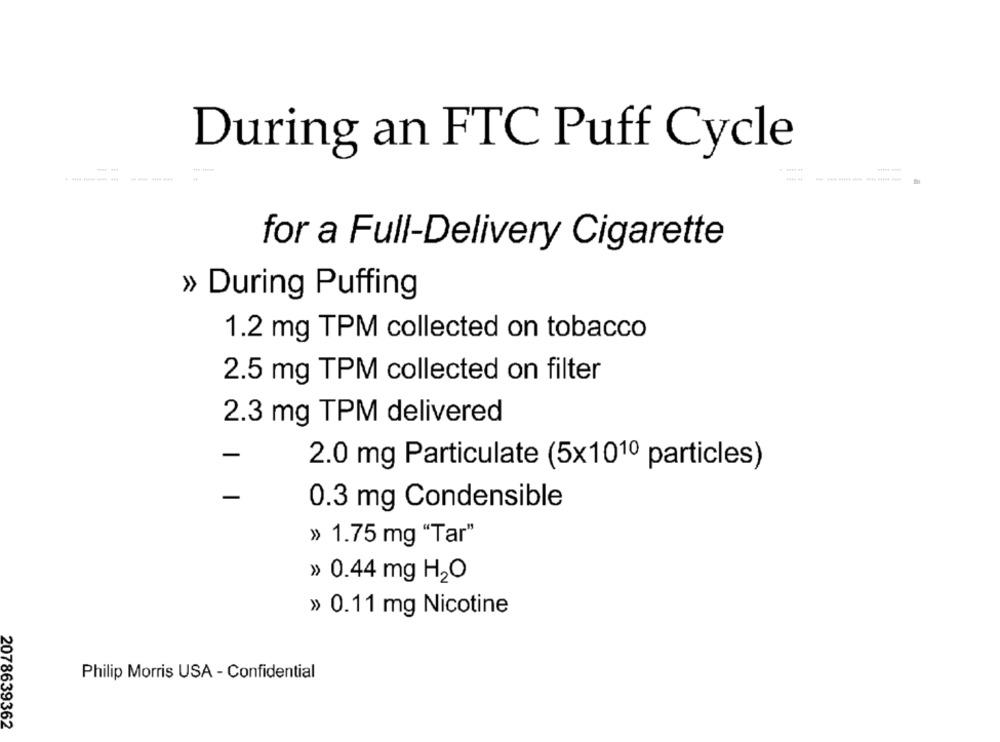
During an FTC Puff Cycle
for a Full-Delivery Cigarette
» During Puffing
1.2 mg TPM collected on tobacco
2.5 mg TPM collected on filter
2.3 mg TPM delivered
2.0 mg Particulate (5x101º particles)
0.3 mg Condensible
» 1.75 mg "Tar"
» 0.44 mg H2O
» 0.11 mg Nicotine
Philip Morris USA - Confidential
2078639362